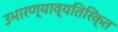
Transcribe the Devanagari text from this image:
उभारण्याव्यतिरिक्त